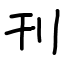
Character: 刊